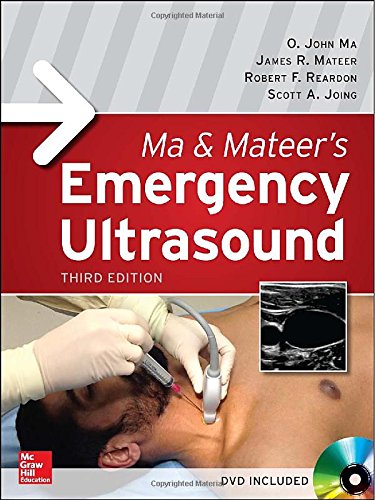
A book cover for Ma and Mateers Emergency Ultrasound 3/E (SET 2); O. John Ma; Medical Books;